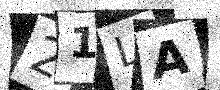
Text: 21LA